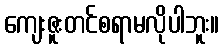
ကျေးဇူးတင်စရာမလိုပါဘူး။